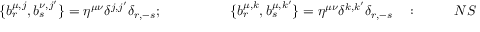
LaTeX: \{ b _ { r } ^ { \mu , j } , b _ { s } ^ { \nu , j ^ { \prime } } \} = \eta ^ { \mu \nu } \delta ^ { j , j ^ { \prime } } \delta _ { r , - s } ; ~ ~ ~ ~ ~ ~ ~ ~ ~ ~ ~ ~ ~ ~ ~ \{ b _ { r } ^ { \mu , k } , b _ { s } ^ { \mu , k ^ { \prime } } \} = \eta ^ { \mu \nu } \delta ^ { k , k ^ { \prime } } \delta _ { r , - s } ~ ~ ~ : ~ ~ ~ ~ ~ ~ ~ ~ N S